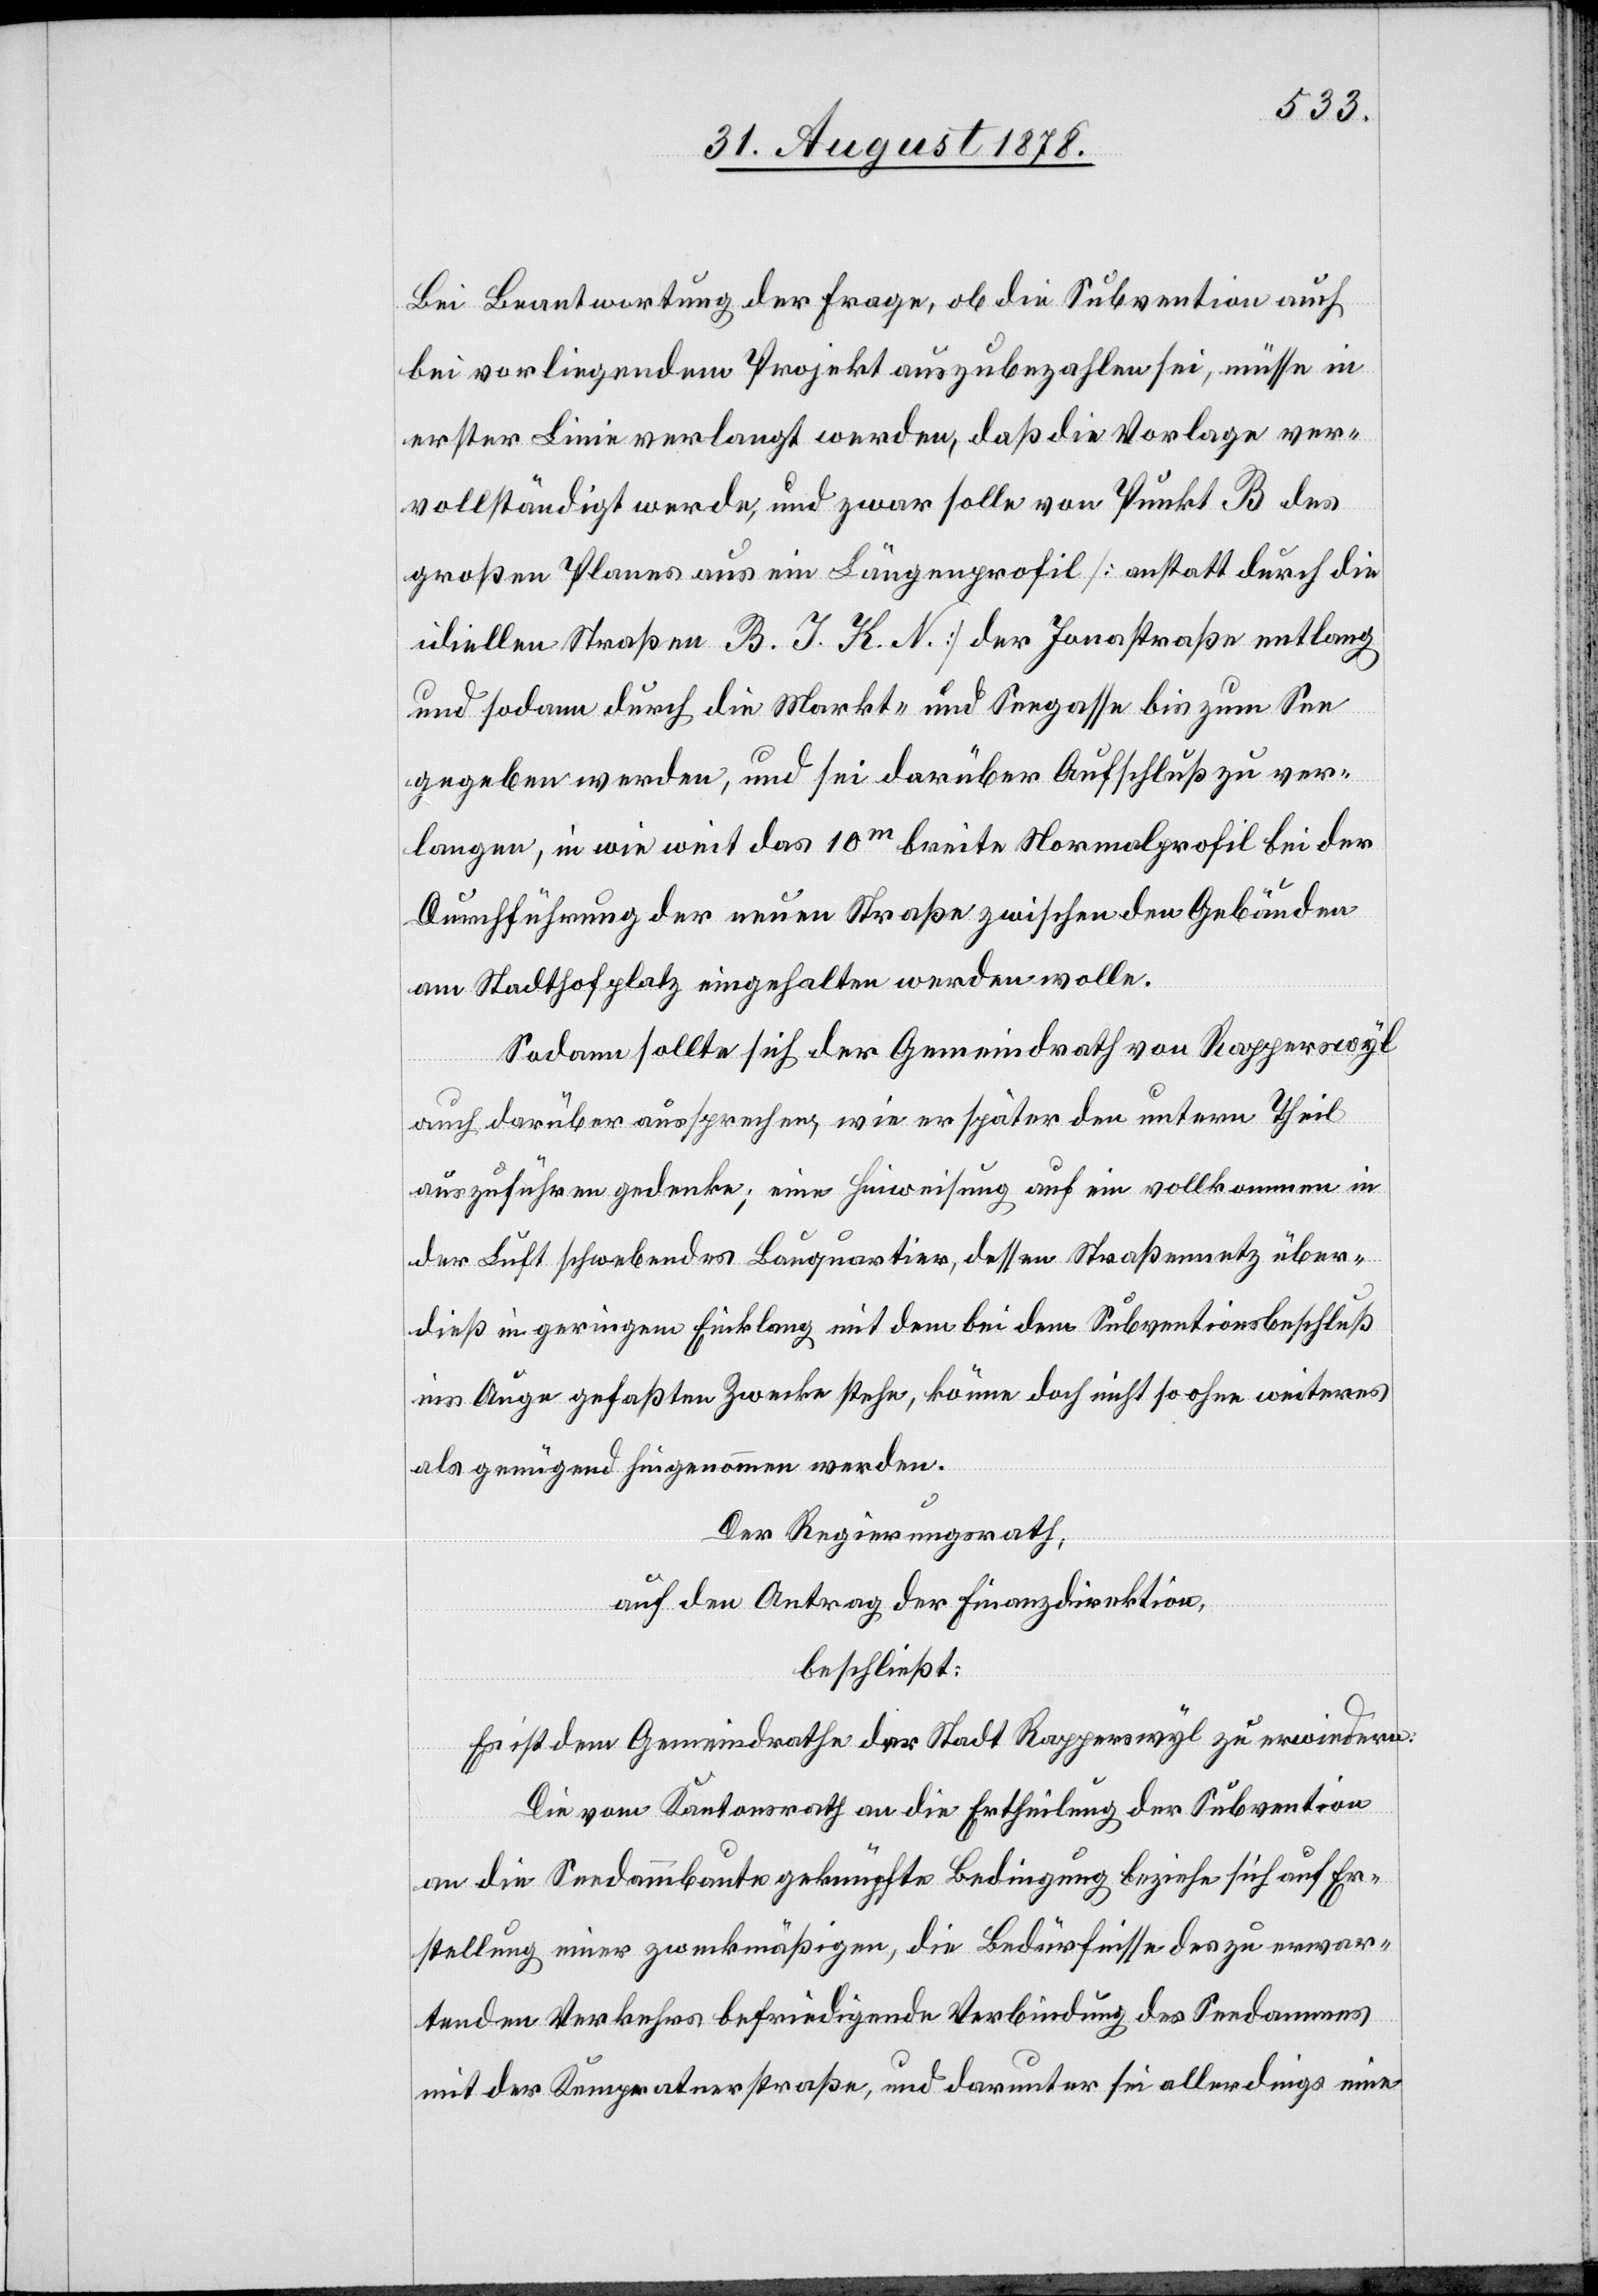
Bei Beantwortung der Frage, ob die Subvention auch
bei vorliegendem Projekt auszubezahlen sei, müsse in
erster Linie verlangt werden, daß die Vorlage ver¬
vollständigt werde, und zwar solle von Punkt B des
großen Planes aus ein Längenprofil [anstatt durch die
idiellen Straßen B. J. K. N] der Jonastraße entlang
und sodann durch die Markt- und Seegasse bis zum See
gegeben werden, und sei darüber Aufschluß zu ver¬
langen, in wie weit das 10m breite Normalprofil bei der
Durchführung der neuen Straße zwischen den Gebäuden
am Stadthofplatz eingehalten werden wolle.
Sodann sollte sich der Gemeindrath von Rapperswyl
auch darüber aussprechen, wie er später den untern Theil
auszuführen gedenke; eine Hinweisung auf ein vollkommen in
der Luft schwebendes Bauquartier, dessen Straßennetz über¬
dieß in geringem Einklang mit dem bei dem Subventionsbeschluß
ins Auge gefaßten Zwecke stehe, könne doch nicht so ohne weiteres
als genügend hingenommen werden.
Der Regierungsrath,
auf den Antrag der Finanzdirektion,
beschließt:
Es ist dem Gemeindrath der Stadt Rapperswyl zu erwiedern:
Die vom Kantonsrath an die Ertheilung der Subvention
an die Seedammbaute geknüpfte Bedingung beziehe sich auf Er¬
stellung einer zweckmäßigen, die Bedürfnisse des zu erwar¬
tenden Verkehrs befriedigende Verbindung des Seedammes
mit der Kempratnerstraße, und darunter sei allerdings eine